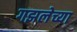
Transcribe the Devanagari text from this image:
गझलेच्या